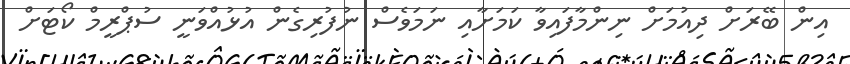
އިން ބޭރަށް ދިއުމަށް ނިންމާފައިވާ ކަމަށާއި ނަމަވެސް ނުފުރިގެން އުޅުއްވަނީ ސުޕްރީމް ކޯޓަށް